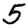
Digit: 5